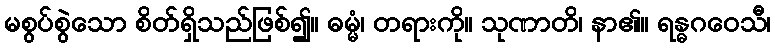
မစွပ်စွဲသော စိတ်ရှိသည်ဖြစ်၍။ ဓမ္မံ၊ တရားကို။ သုဏာတိ၊ နာ၏။ ရန္ဓဂဝေသီ၊